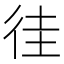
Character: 徍